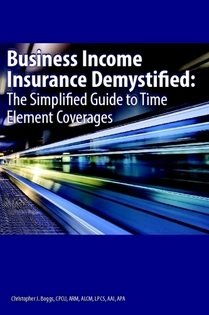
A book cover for Business Income Insurance Demystified: The Simplified Guide to Time Element Coverages; Christopher J. Boggs; Business & Money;